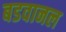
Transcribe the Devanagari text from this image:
बडवानल